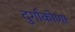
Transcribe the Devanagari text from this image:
दुर्गाकोणा